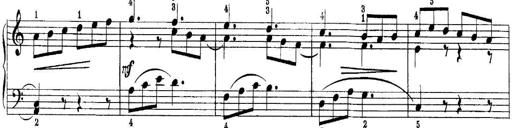
Title: Quatres sonatines
Composer: Tadeusz Joteyko